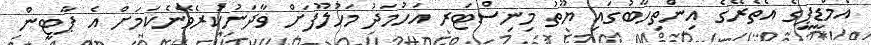
އެމްޑީޕީގެ އެތެރޭގެ އިންތިހާބުގައި ޔޫތު މިނިސްޓަރ އަހުމަދު މަހުލޫފަށް ވާދަނުކުރެވޭނެކަމަށް އެ ޕާޓީން